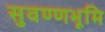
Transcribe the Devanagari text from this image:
सुवण्णभूमि